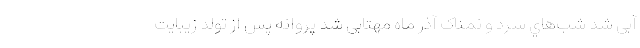
آبی شد شب‌هاي‌ سرد و نمناک آذر ماه مهتابی شد پروانه پس از تولد زیبایت